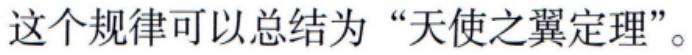
这个规律可以总结为“天使之翼定理”。